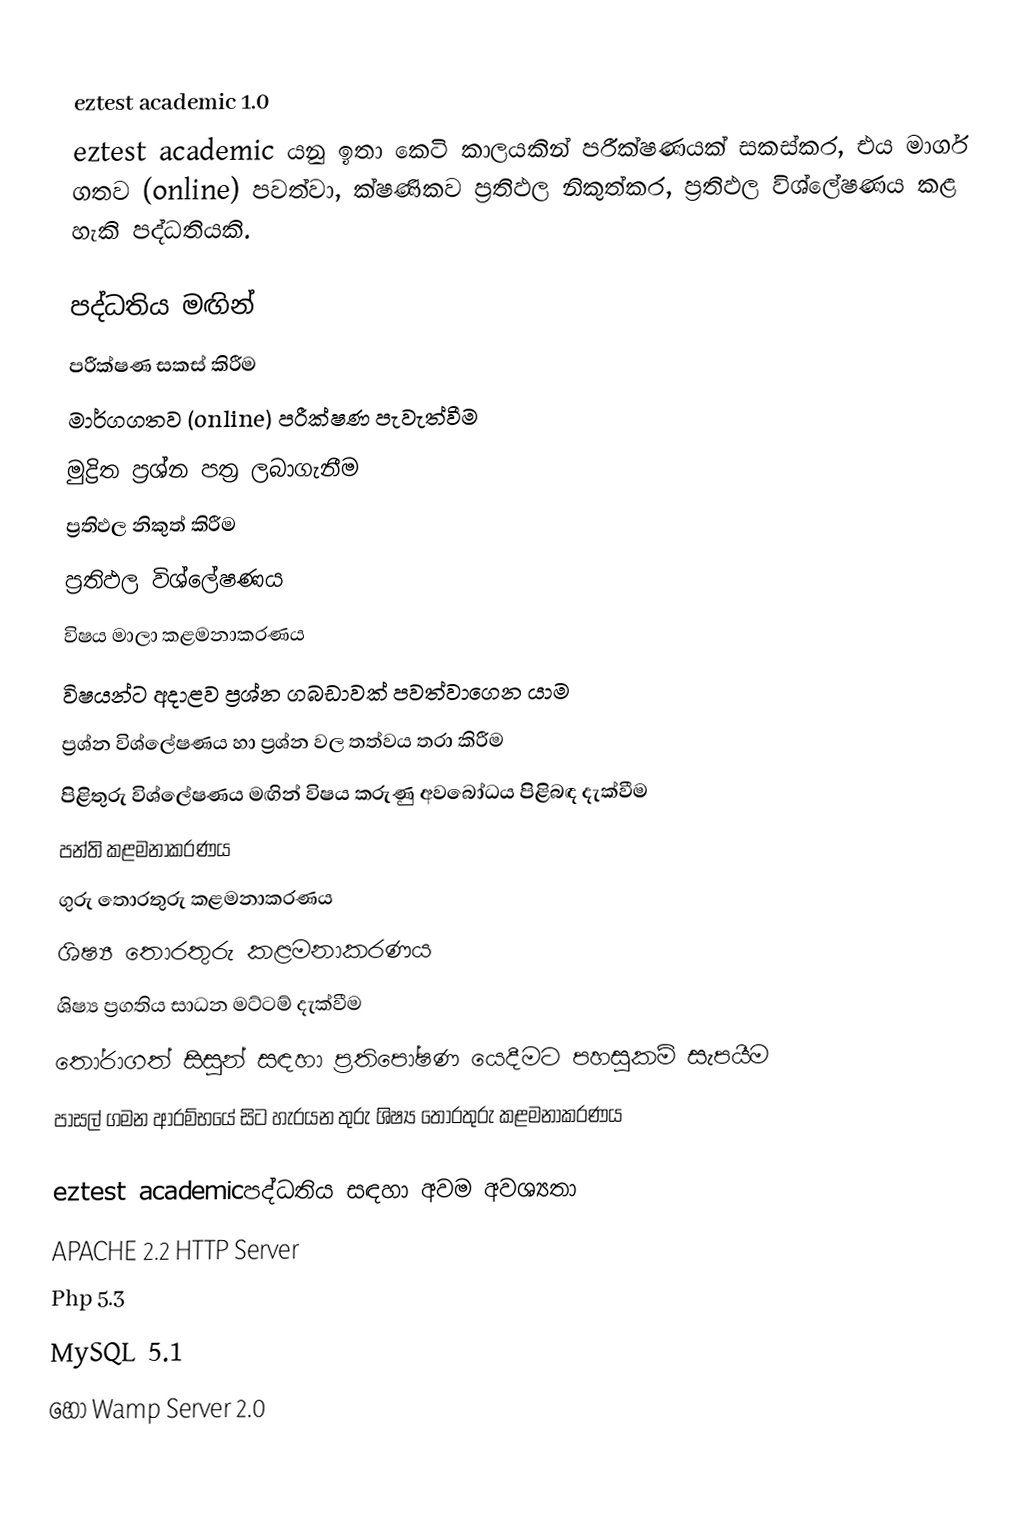

eztest academic 1.0
eztest academic යන‍ු ඉතා කෙටි කාලයකින් පරීක්ෂණයක් සකස්කර, එය මාර්ග ගතව (online) පවත්වා, ක්ෂණිකව ප්‍රතිඵල නිකුත්කර, ප්‍රතිඵල විශ්ලේෂණය කළ හැකි පද්ධතියකි.

පද්ධතිය මඟින්
 පරීක්ෂණ සකස් කිරීම
 මාර්ගගතව (online) පරීක්ෂණ පැවැත්වීම
 මුද්‍රිත ප්‍රශ්න පත්‍ර ලබාගැනීම
 ප්‍රතිඵල නිකුත් කිරීම
 ප්‍රතිඵල විශ්ලේෂණය
 විෂය මාලා කළමනාකරණය
 විෂයන්ට අදාළව ප්‍රශ්න ගබඩාවක් පවත්වාගෙන යාම
 ප්‍රශ්න විශ්ලේෂණය හා ප්‍රශ්න වල තත්වය තරා කිරීම
 පිළිතුරු විශ්ලේෂණය මඟින් විෂය කරුණු අවබෝධය පිළිබඳ දැක්වීම
 පන්ති කළමනාකරණය
 ගුරු තොරතුරු කළමනාකරණය
 ශිෂ්‍ය තොරතුරු කළමනාකරණය
 ශිෂ්‍ය ප්‍රගතිය සාධන මට්ටම් දැක්වීම
 තෝරාගත් සිසුන් සඳහා ප්‍රතිපෝෂණ යෙදීමට පහසුකම් සැපයීම
 පාසල් ගමන ආරම්භයේ සිට හැරයන තුරු ශිෂ්‍ය තොරතුරු කළමනාකරණය

eztest academicපද්ධතිය සඳහා අවම අවශ්‍යතා
 APACHE 2.2 HTTP Server
 Php 5.3
 MySQL 5.1
 හෝ 	Wamp Server 2.0